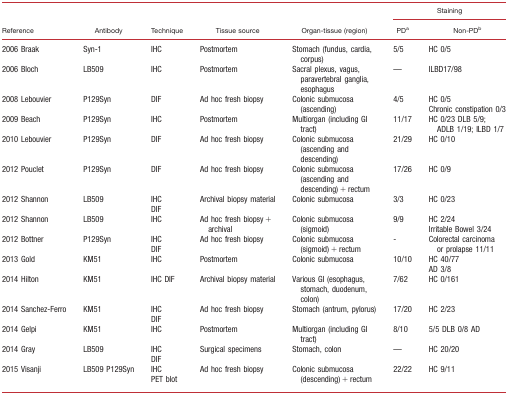
<table><thead><tr><td rowspan="2"><b>Reference</b></td><td rowspan="2"><b>Antibody</b></td><td rowspan="2"><b>Technique</b></td><td rowspan="2"><b>Tissue source</b></td><td rowspan="2"><b>Organ‐tissue (region)</b></td><td colspan="2"><b>Staining</b></td></tr><tr><td><b>PDa</b></td><td><b>Non‐PDb</b></td></tr></thead><tbody><tr><td>2006 Braak</td><td>Syn‐1</td><td>IHC</td><td>Postmortem</td><td>Stomach (fundus, cardia, corpus)</td><td>5/5</td><td>HC 0/5</td></tr><tr><td>2006 Bloch</td><td>LB509</td><td>IHC</td><td>Postmortem</td><td>Sacral plexus, vagus, paravertebral ganglia, esophagus</td><td>—</td><td>ILBD17/98</td></tr><tr><td>2008 Lebouvier</td><td>P129Syn</td><td>DIF</td><td>Ad hoc fresh biopsy</td><td>Colonic submucosa (ascending)</td><td>4/5</td><td>HC 0/5Chronic constipation 0/3</td></tr><tr><td>2009 Beach</td><td>P129Syn</td><td>IHC</td><td>Postmortem</td><td>Multiorgan (including GI tract)</td><td>11/17</td><td>HC 0/23 DLB 5/9; ADLB 1/19; ILBD 1/7</td></tr><tr><td>2010 Lebouvier</td><td>P129Syn</td><td>DIF</td><td>Ad hoc fresh biopsy</td><td>Colonic submucosa (ascending and descending)</td><td>21/29</td><td>HC 0/10</td></tr><tr><td>2012 Pouclet</td><td>P129Syn</td><td>DIF</td><td>Ad hoc fresh biopsy</td><td>Colonic submucosa (ascending and descending) + rectum</td><td>17/26</td><td>HC 0/9</td></tr><tr><td>2012 Shannon</td><td>LB509</td><td>IHCDIF</td><td>Archival biopsy material</td><td>Colonic submucosa</td><td>3/3</td><td>HC 0/23</td></tr><tr><td>2012 Shannon</td><td>LB509</td><td>IHC</td><td>Ad hoc fresh biopsy + archival</td><td>Colonic submucosa (sigmoid)</td><td>9/9</td><td>HC 2/24Irritable Bowel 3/24</td></tr><tr><td>2012 Bottner</td><td>P129Syn</td><td>IHCDIF</td><td>Ad hoc fresh biopsy</td><td>Colonic submucosa (sigmoid) + rectum</td><td>‐</td><td>Colorectal carcinoma or prolapse 11/11</td></tr><tr><td>2013 Gold</td><td>KM51</td><td>IHC</td><td>Postmortem</td><td>Colonic submucosa</td><td>10/10</td><td>HC 40/77AD 3/8</td></tr><tr><td>2014 Hilton</td><td>KM51</td><td>IHC DIF</td><td>Archival biopsy material</td><td>Various GI (esophagus, stomach, duodenum, colon)</td><td>7/62</td><td>HC 0/161</td></tr><tr><td>2014 Sanchez‐Ferro</td><td>KM51</td><td>IHCDIF</td><td>Ad hoc fresh biopsy</td><td>Stomach (antrum, pylorus)</td><td>17/20</td><td>HC 2/23</td></tr><tr><td>2014 Gelpi</td><td>KM51</td><td>IHC</td><td>Postmortem</td><td>Multiorgan (including GI tract)</td><td>8/10</td><td>5/5 DLB 0/8 AD</td></tr><tr><td>2014 Gray</td><td>LB509</td><td>IHCDIF</td><td>Surgical specimens</td><td>Stomach, colon</td><td>—</td><td>HC 20/20</td></tr><tr><td>2015 Visanji</td><td>LB509 P129Syn</td><td>IHCPET blot</td><td>Ad hoc fresh biopsy</td><td>Colonic submucosa (descending) + rectum</td><td>22/22</td><td>HC 9/11</td></tr></tbody></table>